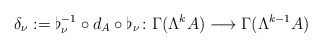
\begin{align*} \delta_\nu:= \flat_\nu^{-1}\circ d_{A}\circ \flat_\nu\colon \Gamma (\Lambda^k A)\longrightarrow \Gamma (\Lambda^{k-1} A)\end{align*}